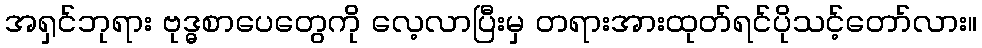
အရှင်ဘုရား ဗုဒ္ဓစာပေတွေကို လေ့လာပြီးမှ တရားအားထုတ်ရင်ပိုသင့်တော်လား။